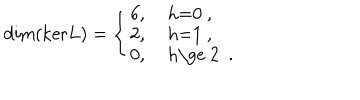
\mathrm { d i m ( k e r } L ) = \left\{ \left\{ \begin{cases} { { 6 , } } & { { h = 0 , } } \\ { { 2 , } } & { { h = 1 , } } \\ { { 0 , } } & { { h \ge 2 . } } \\ \end{cases} \right. \right.